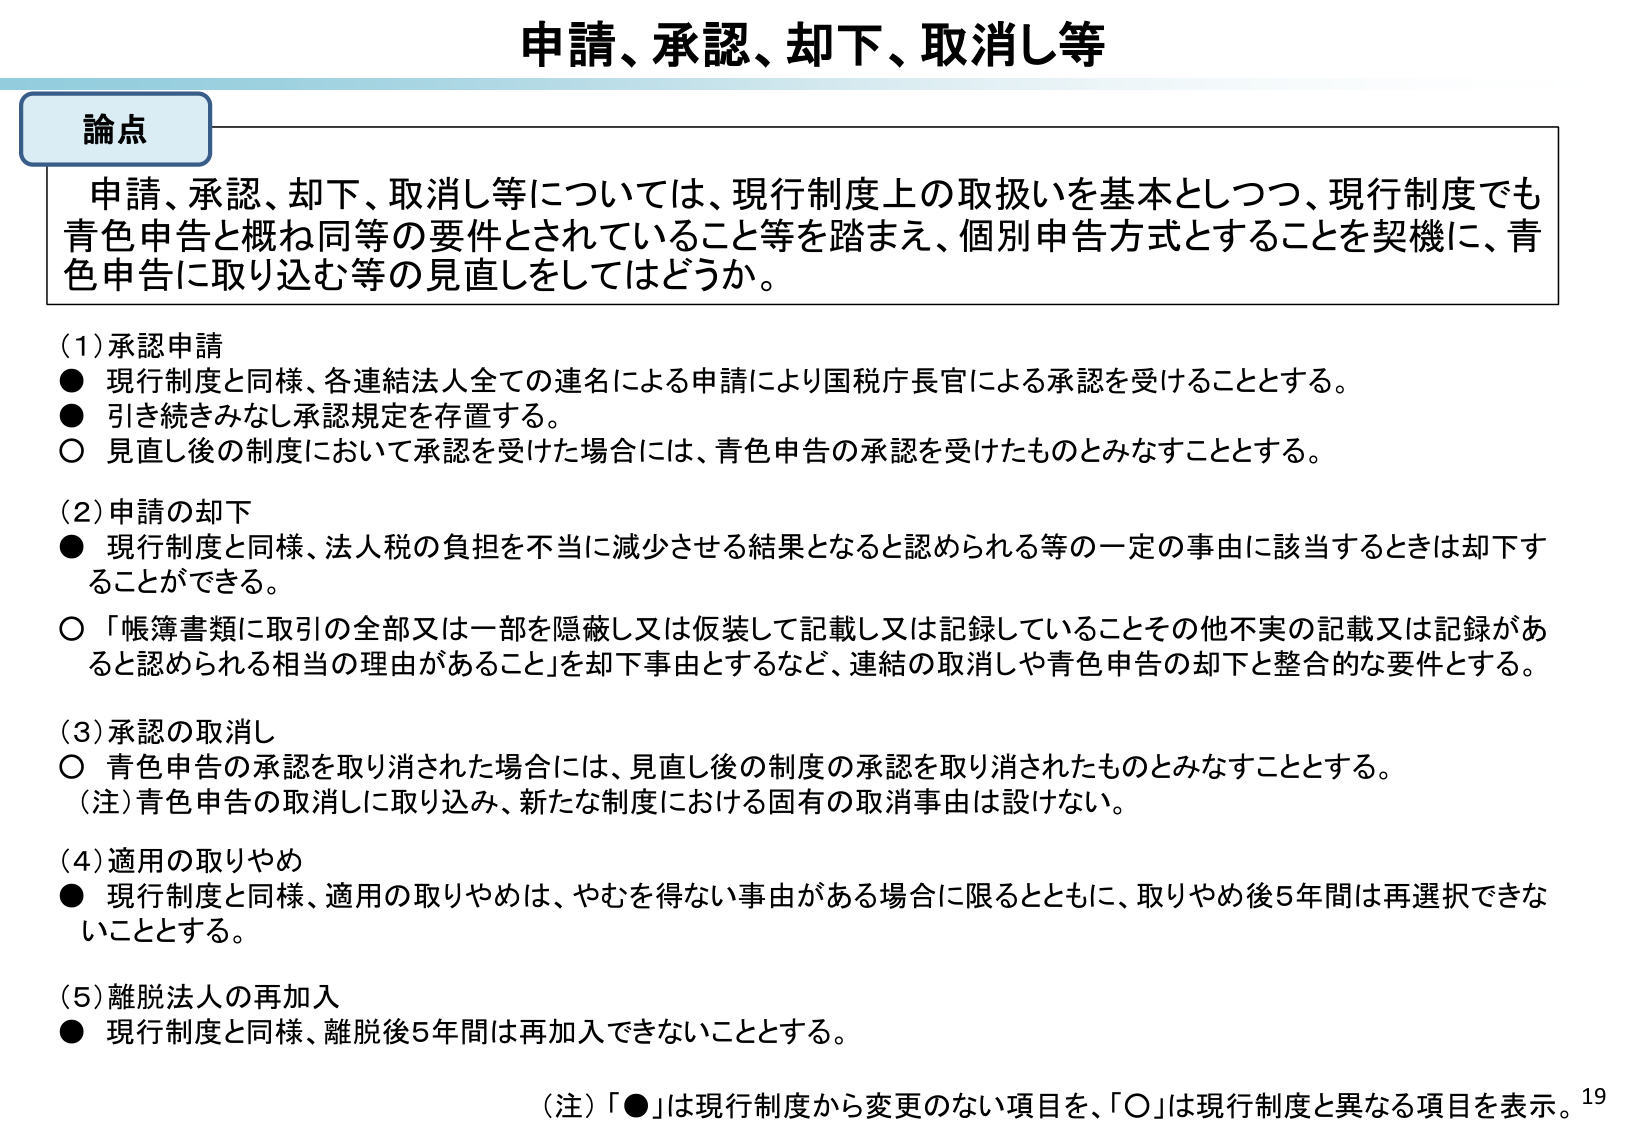
申請、承認、却下、取消し等

論点
申請、承認、却下、取消し等については、現行制度上の取扱いを基本としつつ、現行制度でも青色申告と概ね同等の要件とされていること等を踏まえ、個別申告方式とすることを契機に、青色申告に取り込む等の見直しをしてはどうか。

(1) 承認申請
● 現行制度と同様、各連結法人全ての連名による申請により国税庁長官による承認を受けることとする。
● 引き続きみなし承認規定を存置する。
○ 見直し後の制度において承認を受けた場合には、青色申告の承認を受けたものとみなすこととする。

(2) 申請の却下
● 現行制度と同様、法人税の負担を不当に減少させる結果となると認められる等の一定の事由に該当するときは却下することができる。
○ 「帳簿書類に取引の全部又は一部を隠蔽し又は仮装して記載し又は記録していることその他不実の記載又は記録があると認められる相当の理由があること」を却下事由とするなど、連結の取消しや青色申告の却下と整合的な要件とする。

(3) 承認の取消し
○ 青色申告の承認を取り消された場合には、見直し後の制度の承認を取り消されたものとみなすこととする。
（注）青色申告の取消しに取り込み、新たな制度における固有の取消事由は設けない。

(4) 適用の取りやめ
● 現行制度と同様、適用の取りやめは、やむを得ない事由がある場合に限るとともに、取りやめ後5年間は再選択できないこととする。

(5) 離脱法人の再加入
● 現行制度と同様、離脱後5年間は再加入できないこととする。

（注）「●」は現行制度から変更のない項目を、「○」は現行制度と異なる項目を表示。 19